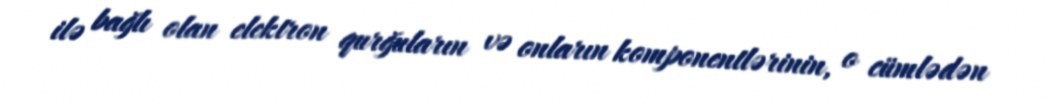
ilə bağlı olan elektron qurğuların və onların komponentlərinin, o cümlədən